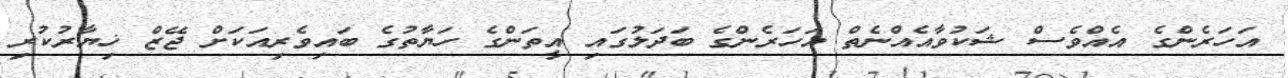
އަހަރެންގެ އެއްވެސް ޝަކުވާއެއްނެތް އަހަރެންގެ ބަދަލުގައި އީތަންގެ ހަޔާތުގެ ބައިވެރިއަކަށް ޖޭޒް ޚިޔާރުކުރި